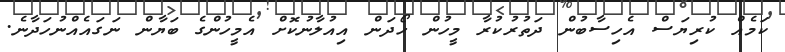
ކަމެއް ކުރިޔަސް އެހިސާބުން ދަތުރުކުރާ މީހުން ހޯދަން އިއުލާނުކޮށް އެމީހުންގެ ބަޔާން ނަގައެއްނުހަދާނެ.